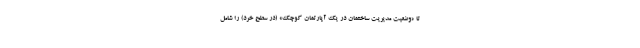
تا «وضعیت مدیریت ساختمان در یک آپارتمان کوچک» (در سطح خرد) را شامل